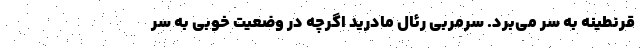
قرنطینه به سر می‌برد. سرمربی رئال مادرید اگرچه در وضعیت خوبی به سر